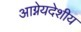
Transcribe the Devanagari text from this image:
आग्नेयदेशीय